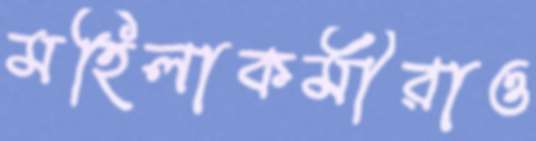
মহিলাকর্মীরাও